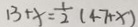
1 3 + x = \frac { 1 } { 2 } ( 4 7 + x )